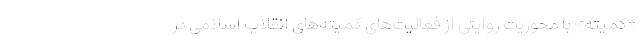
«کمیته» با محوریت روایتی از فعالیت‌های کمیته‌های انقلاب اسلامی در